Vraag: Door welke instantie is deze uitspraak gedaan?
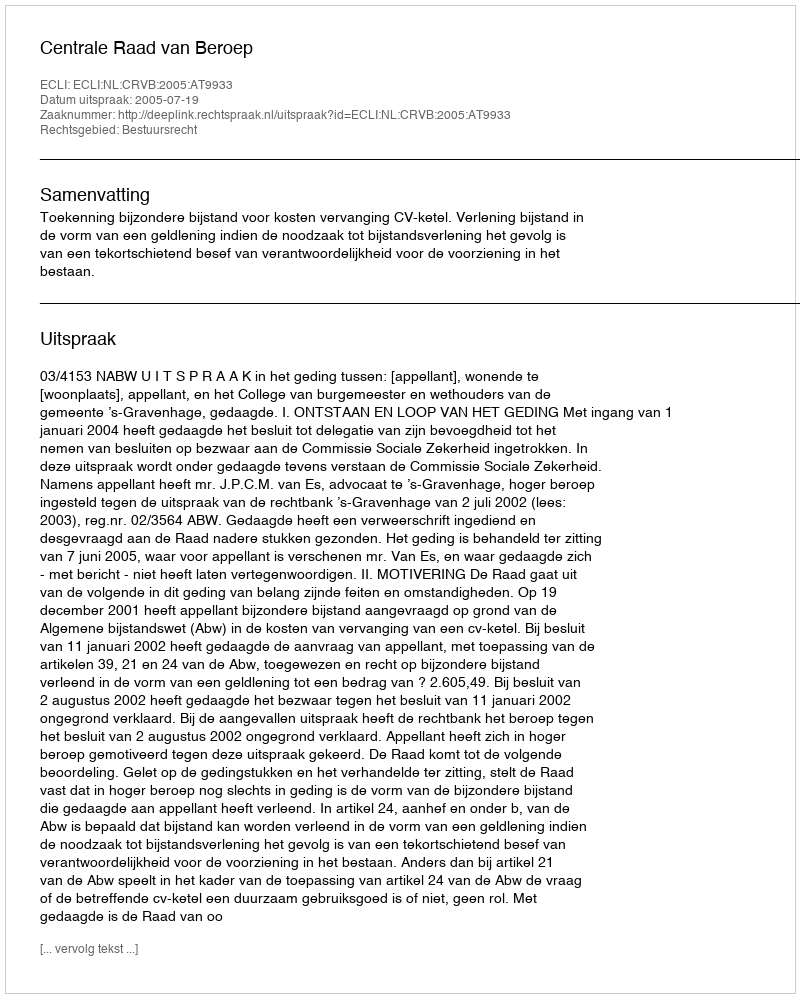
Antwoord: Centrale Raad van Beroep